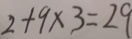
2 + 9 \times 3 = 2 9